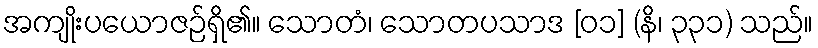
အကျိုးပယောဇဉ်ရှိ၏။ သောတံ၊ သောတပသာဒ [၀၁] (နိ၊ ၃၃၁) သည်။